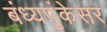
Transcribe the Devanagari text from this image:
बंध्यपुंकेसर